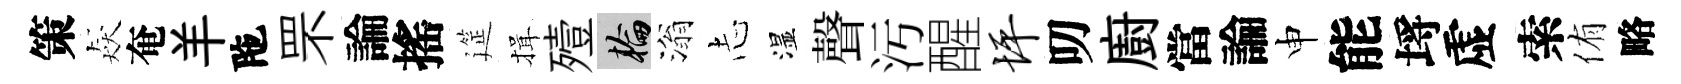
策猋奄羊陁罘論搖筵揖殪輪滃𢖽湿聲汚醒坪叨廚當論申能埓虚索侑略